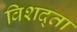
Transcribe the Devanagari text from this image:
विशद्ता